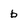
Character: b